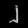
Digit: ၂